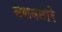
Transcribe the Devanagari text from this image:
वसवनारे